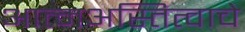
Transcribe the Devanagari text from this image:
आत्मअस्तित्वाचे